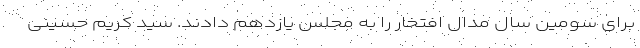
برای سومین سال مدال افتخار را به مجلس یازدهم دادند. سید کریم حسینی